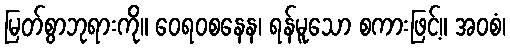
မြတ်စွာဘုရားကို။ ဝေရဝစနေန၊ ရန်မူသော စကားဖြင့်။ အဝစံ၊